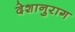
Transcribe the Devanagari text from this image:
देशानुराग